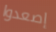
إصعدوا